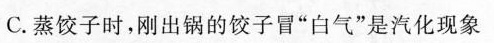
C.蒸饺子时，刚出锅的饺子冒”白气”是汽化现象